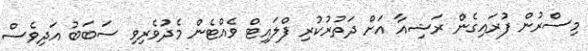
މިސްރުން ފުރައިގެން ރަޝިއާ އަށް ދަތުރުކުރި ފްލައިޓް ވެއްޓެން މެދުވެރިވި ސަބަބު އަދިވެސް